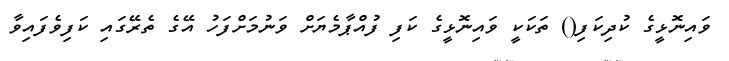
ވައިނޮޅީގެ ކުދިކަފި() ތަކަކީ ވައިނޮޅީގެ ކަފި ފުއްޕާމެޔަށް ވަނުމަށްފަހު އޭގެ ތެރޭގައި ކަފިވެފައިވާ